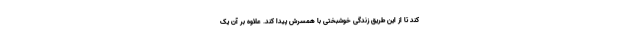
کند تا از این طریق زندگی خوشبختی با همسرش پیدا کند. علاوه بر آن یک